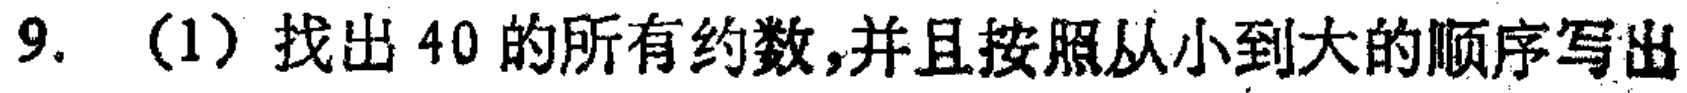
9.（1）找出 40 的所有约数，并且按照从小到大的顺序写出